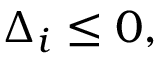
\Delta _ { i } \le 0 ,